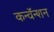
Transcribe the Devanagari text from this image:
कन्वॅन्शन